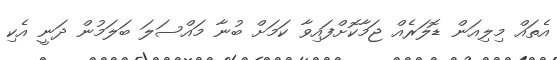
އެތައް މިލިއަން ޑޮލަރެއް ޖަމާކޮށްފައިވާ ކަމަށް ބުނާ މައްސަލަ ބަލަމުން ދަނީ އެކި